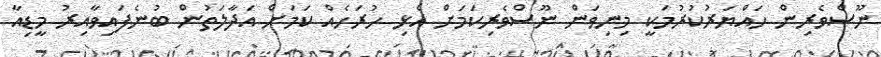
ނޫސްވެރިން ހައްޔަރުކުރުމަކީ މިނިވަން ނޫސްވެރިކަމަށް އެޅި ހުރަހެއް ކަމަށް އަދާލަތުން ބުނެފައިވާއިރު މީޑިއާ